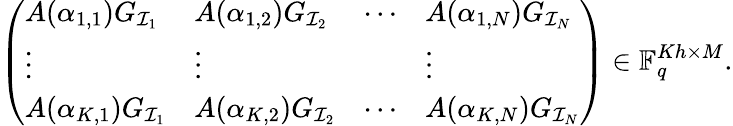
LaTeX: \left(\begin{array}{llll}{A(\alpha_{1,1})G_{\mathcal{I}_{1}}}&{A(\alpha_{1,2})G_{\mathcal{I}_{2}}}&{\cdots}&{A(\alpha_{1,N})G_{\mathcal{I}_{N}}}\\ {\vdots}&{\vdots}&&{\vdots}\\ {A(\alpha_{K,1})G_{\mathcal{I}_{1}}}&{A(\alpha_{K,2})G_{\mathcal{I}_{2}}}&{\cdots}&{A(\alpha_{K,N})G_{\mathcal{I}_{N}}}\end{array}\right)\in\mathbb{F}_{q}^{Kh\times M}.